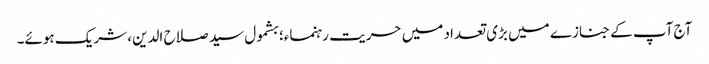
آج آپ کے جنازے میں بڑی تعداد میں حریت رہنماء؛ بشمول سید صلاح الدین، شریک ہوئے۔